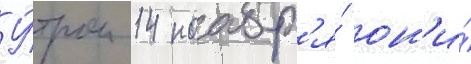
У́тром 14 ноабр'я́ он'и́